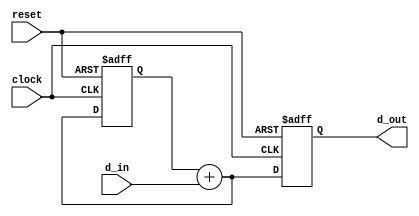

module cic_integrator( clock, reset, d_in, d_out);

parameter INPUT_WIDTH  = 16;
parameter OUTPUT_WIDTH = 16;

input wire clock;
input wire reset;
input wire [ INPUT_WIDTH-1:0 ] d_in;
output reg [ OUTPUT_WIDTH-1:0 ] d_out;

reg [ INPUT_WIDTH-1:0 ] memory;
reg [ INPUT_WIDTH-1:0 ] temp;

always @(posedge clock or posedge reset )
begin
	if( reset )
	begin
      memory<= #1 0;
      d_out <= #1 0;
	end
	else
	begin
		temp = memory + d_in;
      memory <= #1 temp;
      d_out <= #1 temp[ (INPUT_WIDTH-1)-:OUTPUT_WIDTH ];
   end
end

endmodule